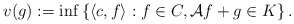
\begin{align*}v(g) := \inf\left\{\langle c, f\rangle:f\in C, \mathcal Af + g\in K\right\}. \end{align*}